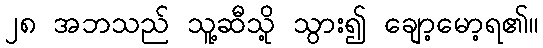
၂၈ အဘသည် သူ့ဆီသို့ သွား၍ ချော့မော့ရ၏။